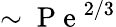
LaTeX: \sim\mathrm{~P~e~}^{2/3}